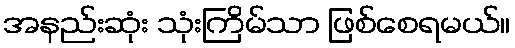
အနည်းဆုံး သုံးကြိမ်သာ ဖြစ်စေရမယ်။